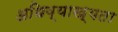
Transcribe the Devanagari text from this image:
अधिव्याख्यता